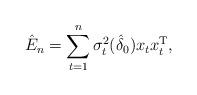
LaTeX: \begin{align*}\hat{E}_n = \sum_{t=1}^{n}\sigma^2_t(\hat{\delta}_{0}) x_{t}x_{t}^{\mathrm{T}},\end{align*}